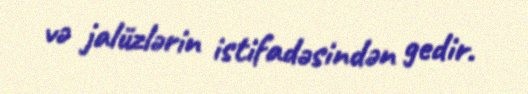
və jalüzlərin istifadəsindən gedir.